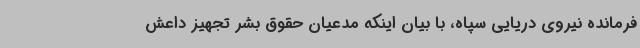
فرمانده نیروی دریایی سپاه، با بیان اینکه مدعیان حقوق بشر تجهیز داعش